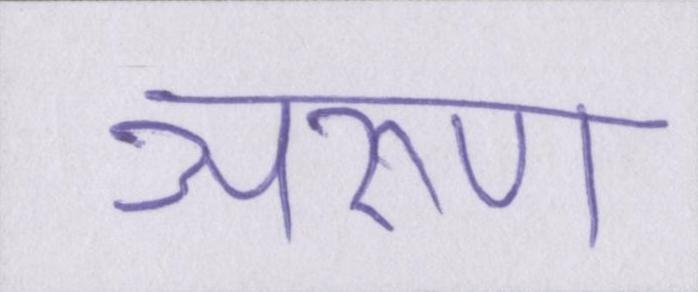
अरुण